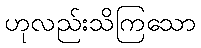
ဟုလည်းသိကြသော